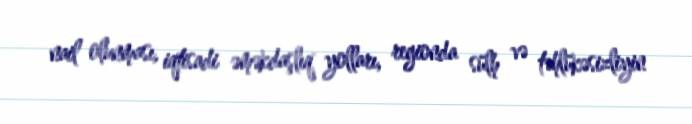
nail olunması, iqtisadi əməkdaşlıq yolları, regionda sülh və təhlükəsizliyin